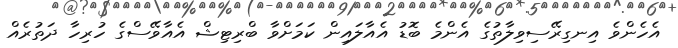
އެހެންވެ އިނގިރޭސިވިލާތުގެ އެންމެ ބޮޑު އެއާލައިން ކަމަށްވާ ބްރިޓިޝް އެއާވޭސްގެ ހުރިހާ ދަތުރެއް